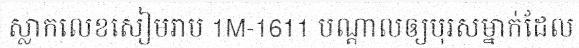
ស្លាកលេខសៀមរាប 1M-1611 បណ្តាលឲ្យបុរសម្នាក់ដែល